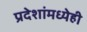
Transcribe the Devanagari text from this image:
प्रदेशांमध्येही